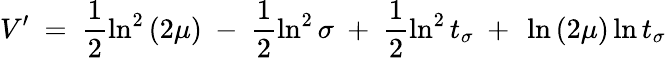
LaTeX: V{'}~=~\frac{1}{2}\ln^{2}{(2\mu)}~-~\frac{1}{2}\ln^{2}{\sigma}~+~\frac{1}{2}\ln^{2}{t_{\sigma}}~+~\ln{(2\mu)}\ln{t_{\sigma}}